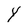
Character: Y